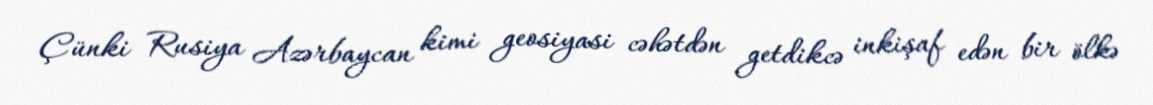
Çünki Rusiya Azərbaycan kimi geosiyasi cəhətdən getdikcə inkişaf edən bir ölkə